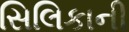
સિલિકાની